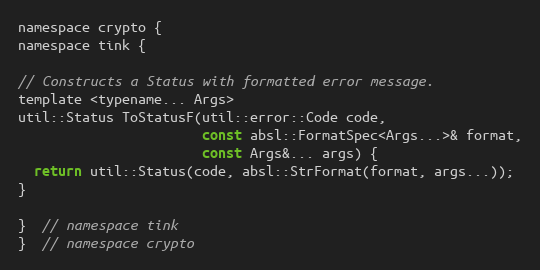
Language: C
namespace crypto {
namespace tink {

// Constructs a Status with formatted error message.
template <typename... Args>
util::Status ToStatusF(util::error::Code code,
                       const absl::FormatSpec<Args...>& format,
                       const Args&... args) {
  return util::Status(code, absl::StrFormat(format, args...));
}

}  // namespace tink
}  // namespace crypto